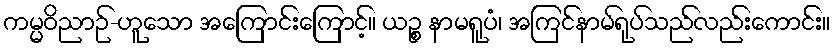
ကမ္မဝိညာဉ်-ဟူသော အကြောင်းကြောင့်။ ယဉ္စ နာမရူပံ၊ အကြင်နာမ်ရုပ်သည်လည်းကောင်း။